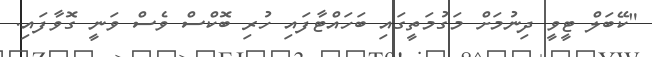
"ކޭބަލް ޓީވީ ދިނުމަށް މަގުމަތީގައި ބަހައްޓާފައި ހުރި ބޮކްސް ވެސް ވަނީ ގޮވާފައި.